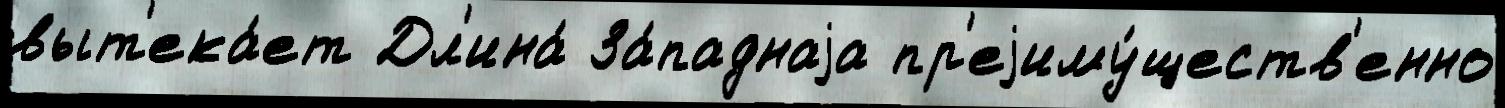
выт'ека́ет Дл'ина́ За́паднаjа пр'еjиму́ществ'енно